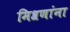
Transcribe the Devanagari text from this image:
मिश्रणांना